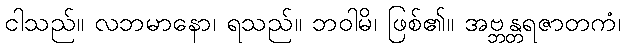
ငါသည်။ လဘမာနော၊ ရသည်။ ဘဝါမိ၊ ဖြစ်၏။ အဗ္ဘန္တရဇာတကံ၊